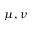
\mu , \nu